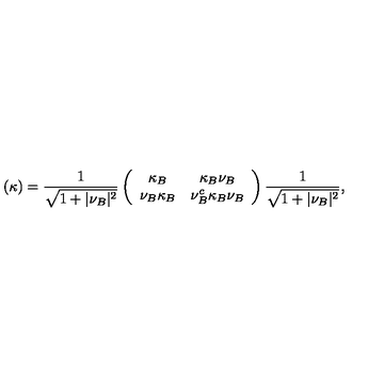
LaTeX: ( \kappa ) = { \frac { 1 } { \sqrt { 1 + \vert \nu _ { B } \vert ^ { 2 } } } } \left( \begin{array} { c c } { \kappa _ { B } } & { \kappa _ { B } \nu _ { B } } \\ { \nu _ { B } \kappa _ { B } } & { \nu _ { B } ^ { c } \kappa _ { B } \nu _ { B } } \\ \end{array} \right) { \frac { 1 } { \sqrt { 1 + \vert \nu _ { B } \vert ^ { 2 } } } } ,